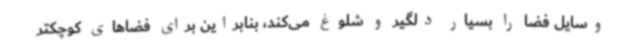
وسایل فضا را بسیار دلگیر و شلوغ می‌کند، بنابراین برای فضاهای کوچکتر